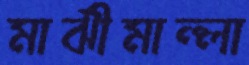
মাঝীমাল্লা